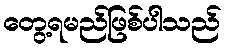
တွေ့ရမည်ဖြစ်ပါသည်